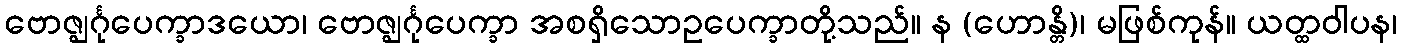
ဗောဇ္ဈင်္ဂုပေက္ခာဒယော၊ ဗောဇ္ဈင်္ဂုပေက္ခာ အစရှိသောဥပေက္ခာတို့သည်။ န (ဟောန္တိ)၊ မဖြစ်ကုန်။ ယတ္ထဝါပန၊